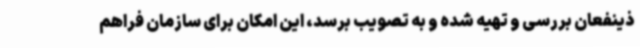
ذینفعان بررسی و تهیه شده و به تصویب برسد، این امکان برای سازمان فراهم